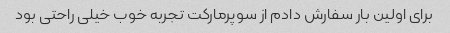
برای اولین بار سفارش دادم از سوپرمارکت تجربه خوب خیلی راحتی بود